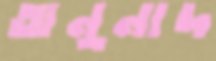
অনুনাদ